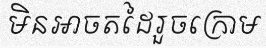
មិនអាចតដៃរួចក្រោម